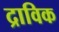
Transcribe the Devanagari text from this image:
द्राविक